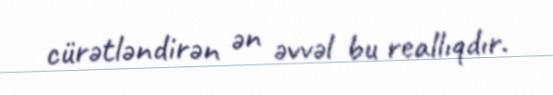
cürətləndirən ən əvvəl bu reallıqdır.